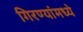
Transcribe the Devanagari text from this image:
गिरण्यांमध्ये